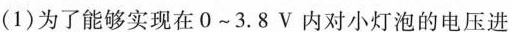
(1)为了能够实现在0~3.8V内对小灯泡的电压进